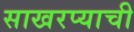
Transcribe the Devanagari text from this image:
साखरप्याची